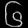
Digit: ၆